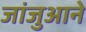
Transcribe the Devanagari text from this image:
जांजुआने